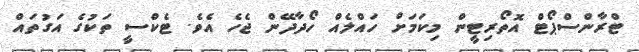
ޓްރާންސްޕޯޓް އޮތޯރިޓީން މިކަމަށް ހައްލެއް ހޯދާދޭން ޖެހެ އެވެ. ޓެކްސީ ތަކުގެ އަގުތައް